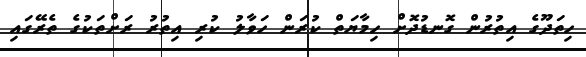
ހިތަދޫގެ އިތުރުން ގޮނޑުދޮށް ހިމާޔަތް ކުރަން ހަވާލު ކުރި އިތުރު ރަށްތަކުގެ ތެރޭގައި